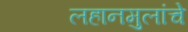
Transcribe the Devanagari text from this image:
लहानमुलांचे